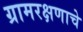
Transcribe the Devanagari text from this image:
ग्रामरक्षणाचे